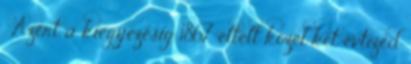
. Azért a kiegyezésig 1867 eltelt közel két évtized